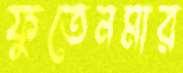
ফুতেনমার